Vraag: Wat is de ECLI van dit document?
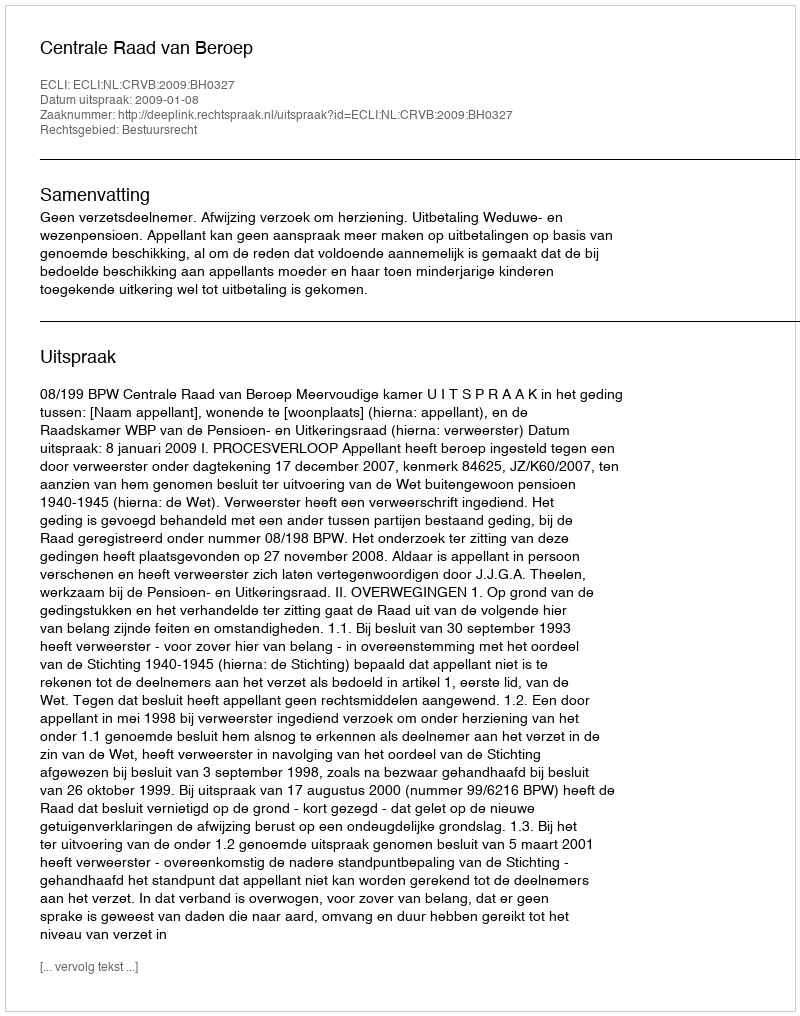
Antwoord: ECLI:NL:CRVB:2009:BH0327